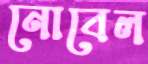
নোবেল